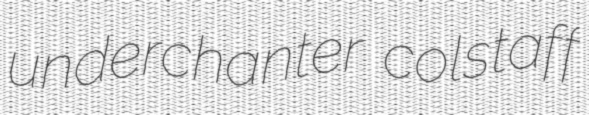
underchanter colstaff